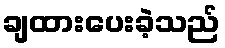
ချထားပေးခဲ့သည်